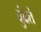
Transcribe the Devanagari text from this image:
ढुंढते